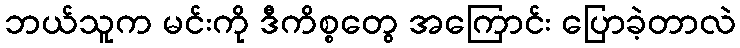
ဘယ်သူက မင်းကို ဒီကိစ္စတွေ အကြောင်း ပြောခဲ့တာလဲ